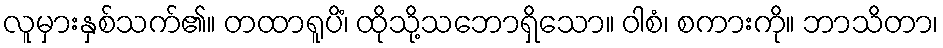
လူမှားနှစ်သက်၏။ တထာရူပိံ၊ ထိုသို့သဘောရှိသော။ ဝါစံ၊ စကားကို။ ဘာသိတာ၊